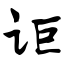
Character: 讵